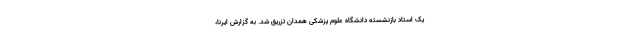
یک استاد بازنشسته دانشگاه علوم پزشکی همدان تزریق شد. به گزارش ایرنا،